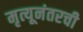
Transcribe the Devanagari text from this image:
मृत्यूनंतरची